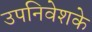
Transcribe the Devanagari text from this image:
उपनिवेशके